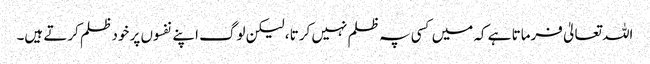
اللہ تعالیٰ فرماتا ہے کہ میں کسی پہ ظلم نہیں کرتا ، لیکن لوگ اپنے نفسوں پر خود ظلم کرتے ہیں۔